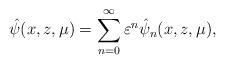
LaTeX: \begin{align*} \hat\psi(x,z,\mu) = \sum_{n=0}^\infty \varepsilon^n\hat\psi_n(x,z,\mu), \end{align*}